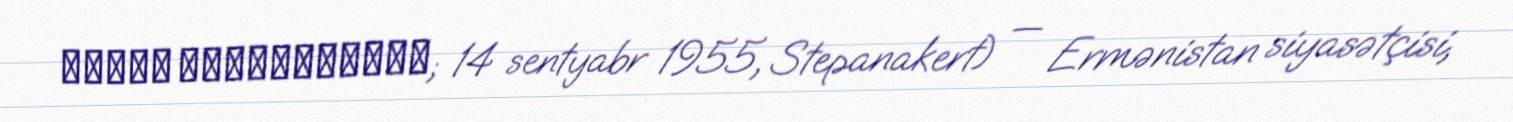
Լեւոն Մնացականյան; 14 sentyabr 1955, Stepanakert) — Ermənistan siyasətçisi,